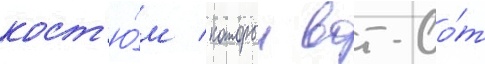
кост'ю́м / которыи вот-во́т